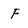
Character: F